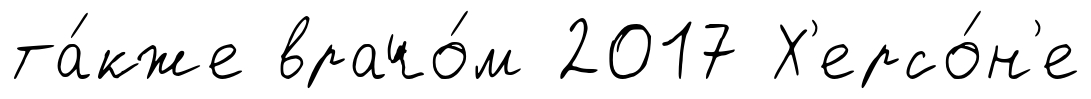
та́кже врачо́м 2017 Х'ерсо́н'е